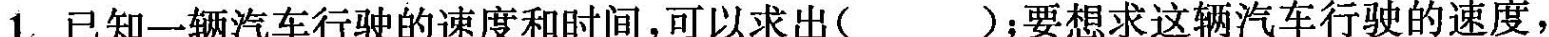
1.已知一辆汽车行驶的速度和时间，可以求出（ ）；要想求这辆汽车行驶的速度，